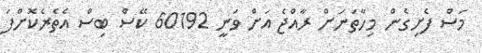
މަސް ފެށިގެން މިހާތަނަށް ރާއްޖެ އަށް ވަނީ 60192 ކޭސް ބިސް އެތެރެކޮށްފަ